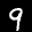
Label: 9